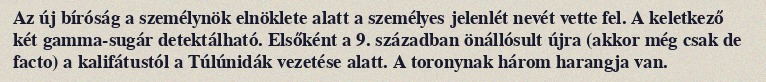
Az új bíróság a személynök elnöklete alatt a személyes jelenlét nevét vette fel. A keletkező két gamma-sugár detektálható. Elsőként a 9. században önállósult újra (akkor még csak de facto) a kalifátustól a Túlúnidák vezetése alatt. A toronynak három harangja van.